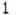
1